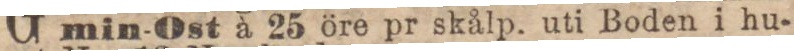
min-Ost à 25 öre pr skålp. uti Boden i hu-